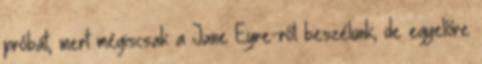
próbát, mert mégiscsak a Jane Eyre-ről beszélünk, de egyelőre